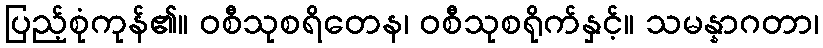
ပြည့်စုံကုန်၏။ ဝစီသုစရိတေန၊ ဝစီသုစရိုက်နှင့်။ သမန္နာဂတာ၊